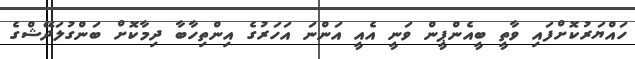
ހައްޔަރުކޮށްފައި ވާތީ ބީއެންޕީން ވަނީ އެއީ އަންނަ އަހަރުގެ އިންތިހާބާ ދިމާކޮށް ބަންގުލަދޭޝްގެ